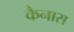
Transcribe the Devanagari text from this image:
कैनास